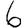
Digit: 6